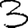
Digit: 3